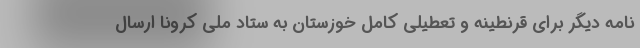
نامه دیگر برای قرنطینه و تعطیلی کامل خوزستان به ستاد ملی کرونا ارسال